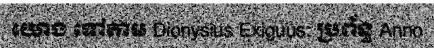
យោង ទៅតាម Dionysius Exiguus: ប្រព័ន្ធ Anno